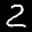
Label: 2